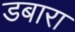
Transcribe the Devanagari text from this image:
डबारा